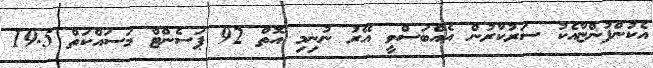
އެކުންފުންޏާއެކު ސަރުކާރުން އެއްބަސްވީ އޭރު ނުނިމި އޮތް 92 ޕަސެންޓް މަސައްކަތް 19.5